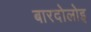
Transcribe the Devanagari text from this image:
बारदोलोइ